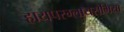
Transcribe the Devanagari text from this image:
हायपरग्लायसेमिया